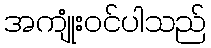
အကျုံးဝင်ပါသည်